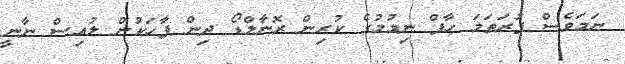
ނަމަވެސް ފުރަތަަމަ ހާފް ނިމުމުގެ ކުރިން ރޮނާލްޑޯ ދިން ޕާހަކުން ލުއިސް ނާނީ